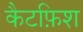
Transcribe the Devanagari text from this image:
कैटफ़िश